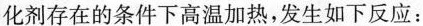
化剂存在的条件下高温加热，发生如下反应：